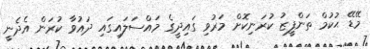
މޭޑޭ ޙުކުމް ތަންފީޒު ކުރަނިކޮށް މަރުވި ގައިދީގެ މައްސަލައިގައި ދައުވާ ކުރަން އެދެނީ